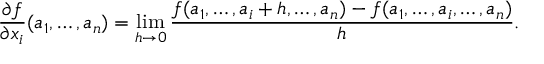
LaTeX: { \frac { \partial f } { \partial x _ { i } } } ( a _ { 1 } , \ldots , a _ { n } ) = \operatorname* { l i m } _ { h \to 0 } { \frac { f ( a _ { 1 } , \ldots , a _ { i } + h , \ldots , a _ { n } ) - f ( a _ { 1 } , \ldots , a _ { i } , \ldots , a _ { n } ) } { h } } .